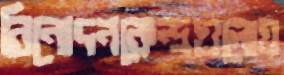
বিনোদনকেন্দ্রগুলোয়